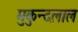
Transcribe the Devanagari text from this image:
मुकुन्दलाल